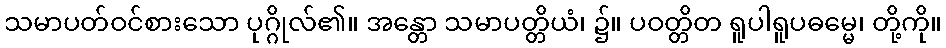
သမာပတ်ဝင်စားသော ပုဂ္ဂိုလ်၏။ အန္တော သမာပတ္တိယံ၊ ၌။ ပဝတ္တိတ ရူပါရူပဓမ္မေ၊ တို့ကို။